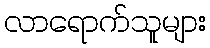
လာရောက်သူများ